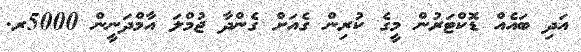
އަދި ބައެއް ޑޮކްޓަރުން މީގެ ކުރިން ގެއަށް ގެންދާ ޖުމްލަ އާމްދަނީން 5000ރ.